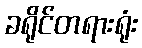
ခရိုင်တရားရုံး